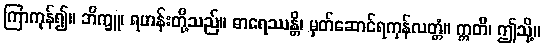
ကြာကုန်၍။ ဘိက္ခူ၊ ရဟန်းတို့သည်။ ဓာရေဿန္တိ၊ မှတ်ဆောင်ရကုန်လတ္တံ။ ဣတိ၊ ဤသို့။